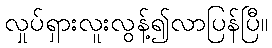
လှုပ်ရှားလူးလွန့်၍လာပြန်ပြီ။